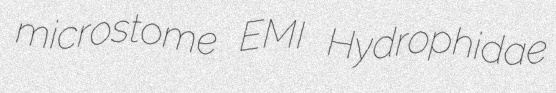
microstome EMI Hydrophidae